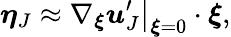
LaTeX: \boldsymbol{\eta}_{J}\approx\left.\nabla_{\boldsymbol{\xi}}\boldsymbol{u}_{J}^{\prime}\right|_{\boldsymbol{\xi}=0}\cdot\boldsymbol{\xi},